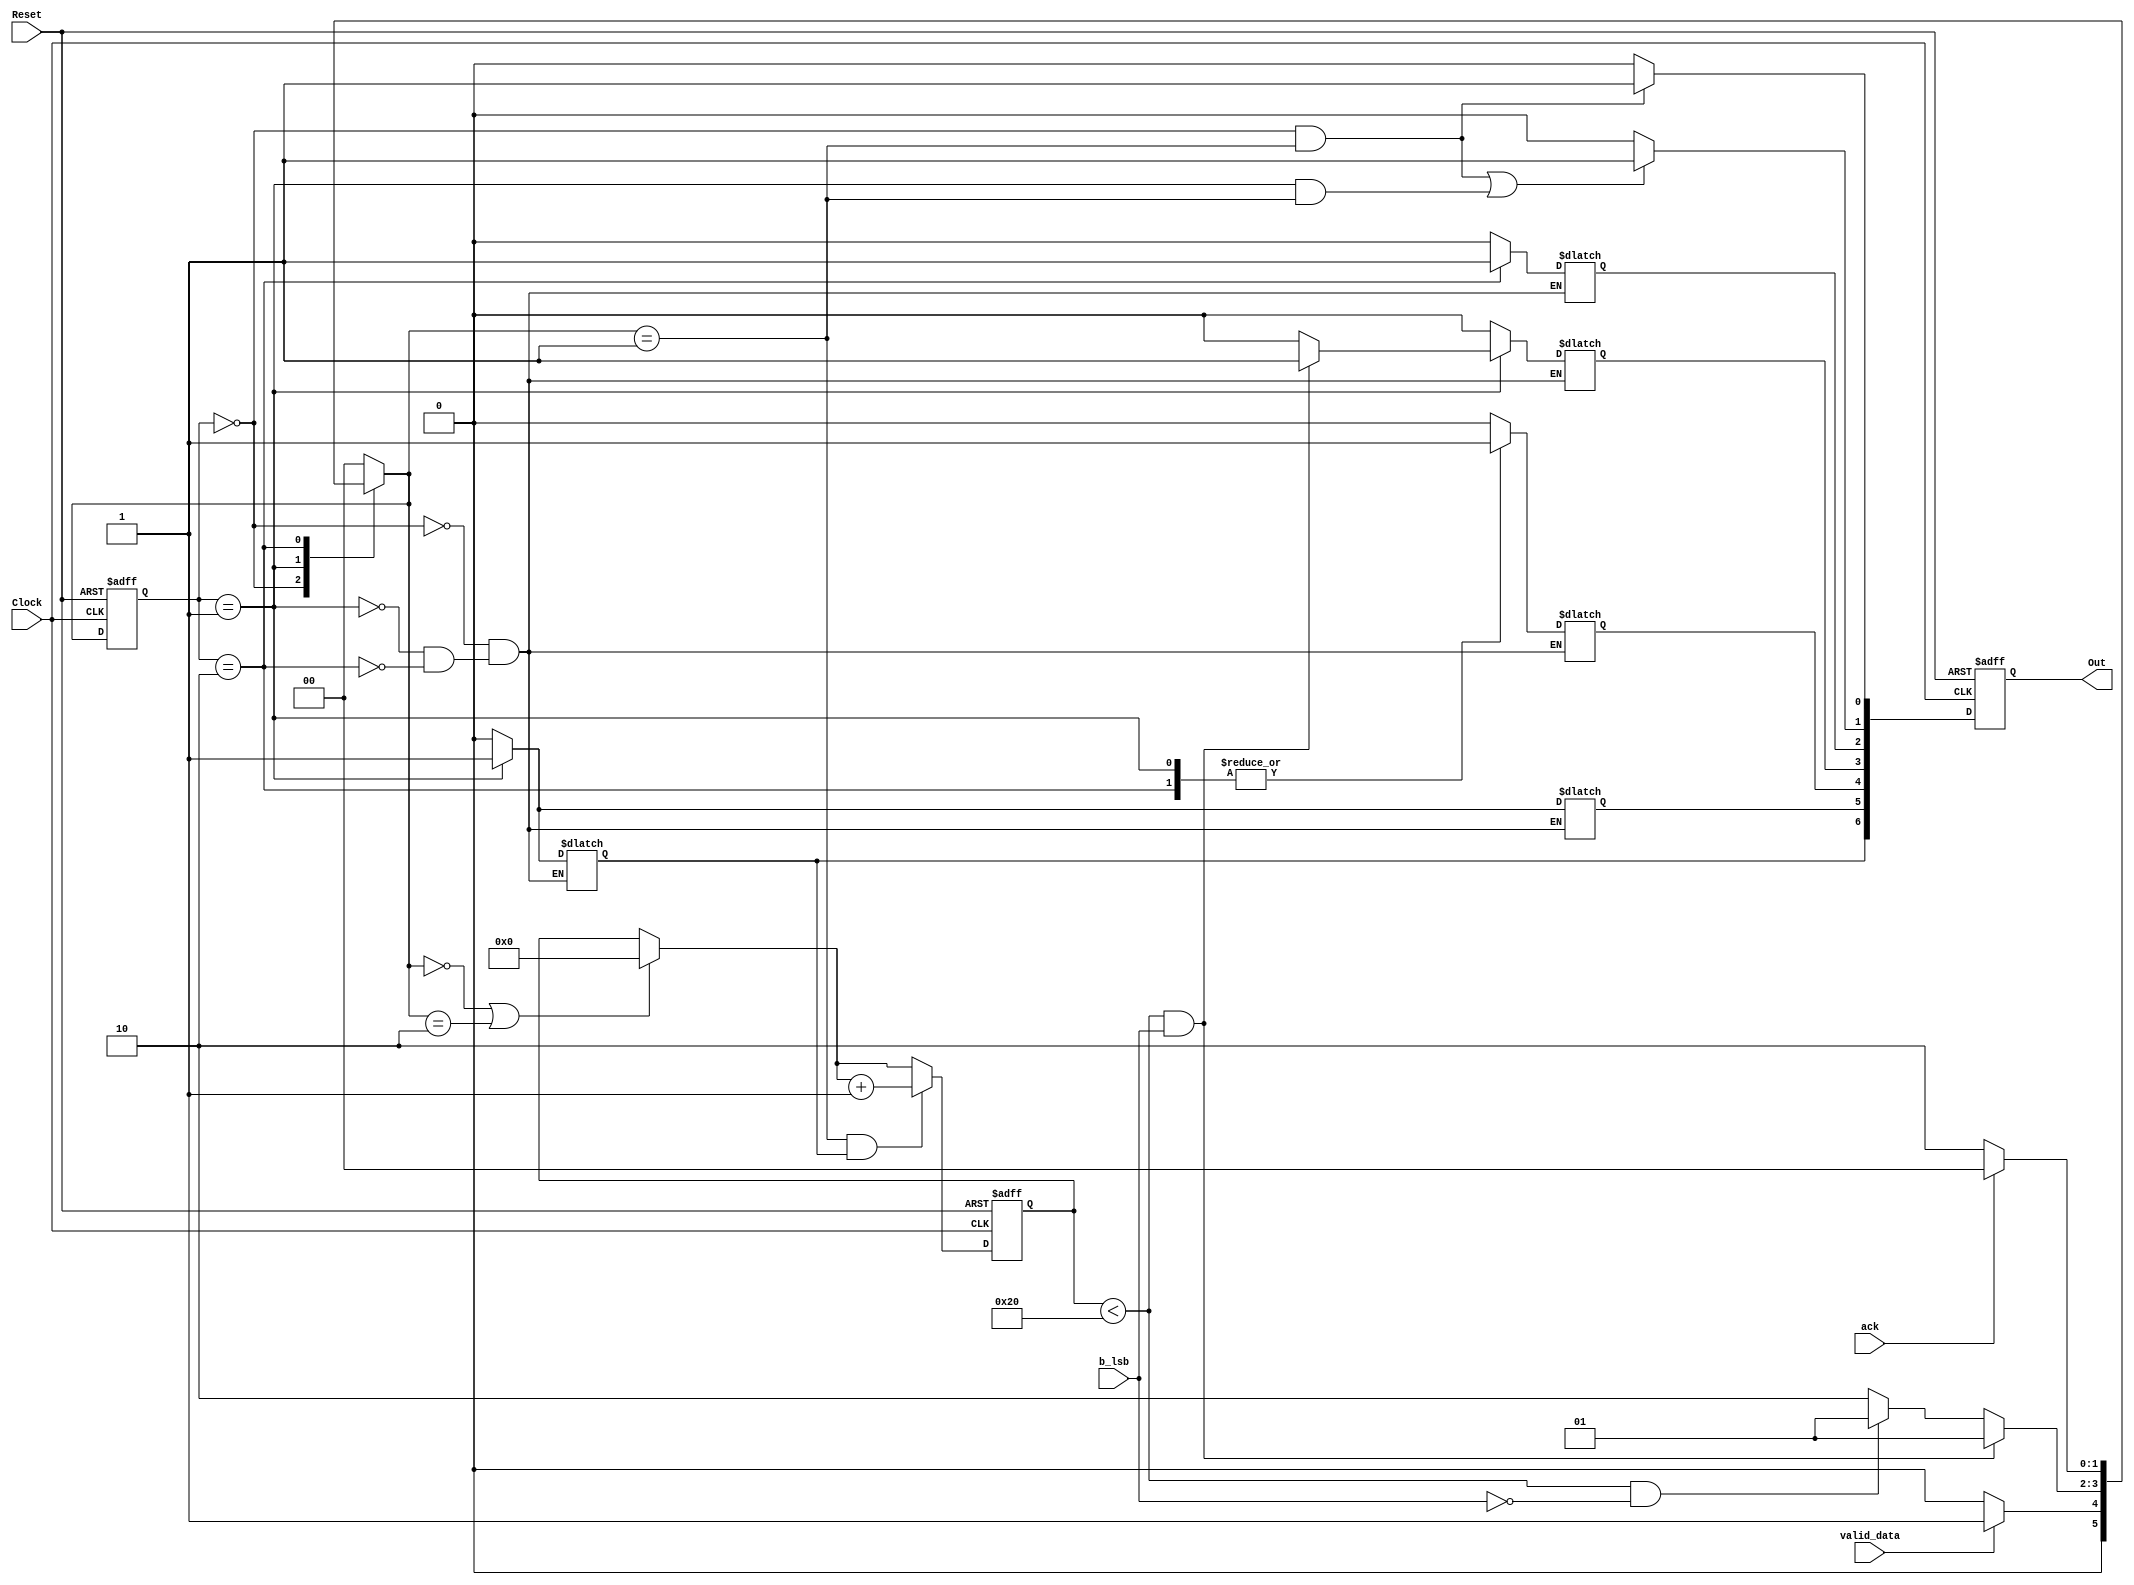
`timescale 1ns / 1ps

`define IDLE 0
`define CALC 1
`define DONE 2


module FSM (Clock,Reset,valid_data,ack,b_lsb,Out);

  // Seales de la FSM.
  input wire Clock, Reset;
  input wire valid_data, ack;
  
  // Seales del datapath.
  input wire b_lsb;
  
  // Salida de para el test bench.
  output reg [6:0] Out;

  // Seales internas de la mquina.
  reg a_sel, b_sel, prod_sel, add_sel, done_flag, enable, koala;
  
  // Seales de estados.
  reg [1:0] CurrentState, NextState;

  
  reg [5:0] cont;
  
  //Logica de Estado Presente y de Salida Sincrnica
  always @ ( posedge Clock, posedge Reset ) begin

    if (Reset) begin
    
      CurrentState <= `IDLE;
      Out <= 0;
      cont <= 0;
      
    end
    
    else begin
    
      
      CurrentState = NextState;
      
      Out = {a_sel, b_sel, prod_sel, add_sel, done_flag, enable, koala};
      
      if (CurrentState == `IDLE || CurrentState == `DONE) cont = 0;
      
      if (CurrentState == `CALC && a_sel) cont = cont + 1; 
      
    end
  end


  //Lgica de Prximo Estado de Mquina Moore (Salida solo depende del estado)
  always @ ( * ) begin
  
    if ((CurrentState == `IDLE && NextState == `CALC) 
	   || (CurrentState == `CALC && NextState == `CALC) ) enable = 1;
   
    else enable = 0;

    // ***********************************************************************
    // MORA ESTO ES LO QUE HACE QUE LA SEAL QUE UD PIDI CAMBIE DE 0 A 1
    if (CurrentState == `IDLE && NextState == `CALC) koala = 1;
   
    else koala = 0;
    // ************************************************************************
    
    case (CurrentState)
      ////////////////////////////////////////
      `IDLE: begin
      
	a_sel <= 0;
	b_sel <= 0;
	prod_sel <= 0; 
	add_sel <= 0; 
	done_flag <= 0;
	
	// Mientras los datos sean invalidos, se mantiene en el estado inicial.
	if (valid_data == 0) begin
	
	  NextState <= `IDLE;
	  
	end
	
	// Si los datos se vuelven validos se pasa al estado de calculo.
	else begin
	
	  NextState <= `CALC;

	end
	  
      end
      
      /////////////////////////////////////////
      `CALC: begin
      
	// Se debe poner las seales de seleccion a 1 para seleccionar
	// en los muxes del datapath los datos shifted al final del datapath
	// y en el caso del prod_sel los datos resultantes del sumador.
	a_sel <= 1;
	b_sel <= 1;
	prod_sel <= 1; 
	done_flag <= 0;
	
	// Mientras el conteo se mantenga menor a 32 y el LSB de B
	// sea 1 se pone la seal de seleccion del mux de salida del sumador
	// a 1 para que eliga el resultado sumado. Adems como la cuenta es
	// menor a 32 se continua calculando.
	if (cont < 32 && b_lsb) begin
	
	  add_sel <= 1;
	  NextState <= `CALC;
	
	end
	
	// Si la cuenta se mantiene menor a 32 y el LSB de B es 0 se pone
	// el selector del mux de salida del sumador a 1 para que eliga
	// el resultado sin sumar. Adems como la cuenta es menor a 32 se continua
	// calculando.
	else if(cont < 32 && !b_lsb) begin
	
	  add_sel <= 0;
	  NextState <= `CALC;
	  
	end  
	
	// En caso de que la cuenta no sea mayor a 32 se pasa al estado DONE.
	// Adems se deja pone add_sel a 0 para evitar que el resultado cambie.
	else begin
	
	  add_sel <= 0;
	  NextState <= `DONE;
	  
	end
	
      end
    ////////////////////////////////////////////////////////////////////
      `DONE:begin
	
	// Las seales de seleccion se pasan a 0 ya que no es necesario seguir
	// operando sobre los operandos.
	a_sel <= 0;
	b_sel <= 0;
	add_sel <= 0;
	// prod_sel se mantiene a 1 para mantener el resultado de la multiplicacion
	prod_sel <= 1; 
	
	done_flag <= 1;
     
	// Si ocurre un ACK significa que el dato ya fue entregado y por tanto
	// se puede regresar al estado inicial.
	if (ack) begin
	
	  NextState = `IDLE;
	  
	end
	  
	else begin
	
	  NextState = `DONE;
	  
	end
	  
      end

    /////////////////////////////////////////////////////////////////////////
      default: begin
    
	NextState = `IDLE;
      
      end
      
    endcase
    
  end
  
endmodule